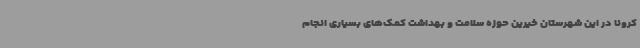
کرونا در این شهرستان خیرین حوزه سلامت و بهداشت کمک‌های بسیاری انجام